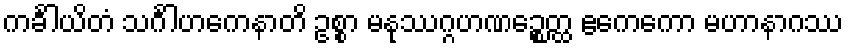
ကင်္ခါယိတံ သင်္ဂါဟကေနာတိ ဥစ္စာ မနုဿဂ္ဂဟဏဉ္စေတ္ထ ဧကေကော မဟာနာဂဿ